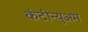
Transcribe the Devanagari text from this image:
कंटीन्युअम